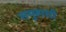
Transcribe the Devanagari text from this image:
समुहाशी